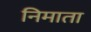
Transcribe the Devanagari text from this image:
निमाता